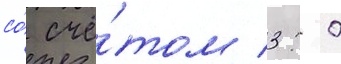
со́ счё́том 3: 0